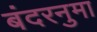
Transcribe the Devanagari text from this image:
बंदरनुमा